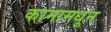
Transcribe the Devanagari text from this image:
कामामधून